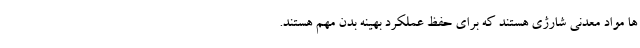
ها مواد معدنی شارژی هستند که برای حفظ عملکرد بهینه بدن مهم هستند.